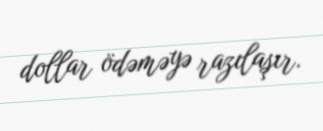
dollar ödəməyə razılaşır.